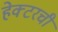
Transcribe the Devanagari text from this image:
हेक्टरची